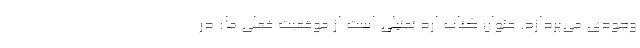
وجودی می‌پردازد. عنوان کتاب اُرد تمثیلی است از موقعیت فعلی ما: در